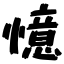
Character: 憶